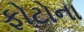
ફોટોના